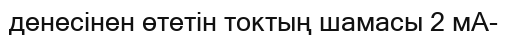
денесінен өтетін токтың шамасы 2 мА-